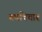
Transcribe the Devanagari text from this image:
रूपविचार